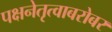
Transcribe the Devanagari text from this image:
पक्षनेतृत्वाबरोबर